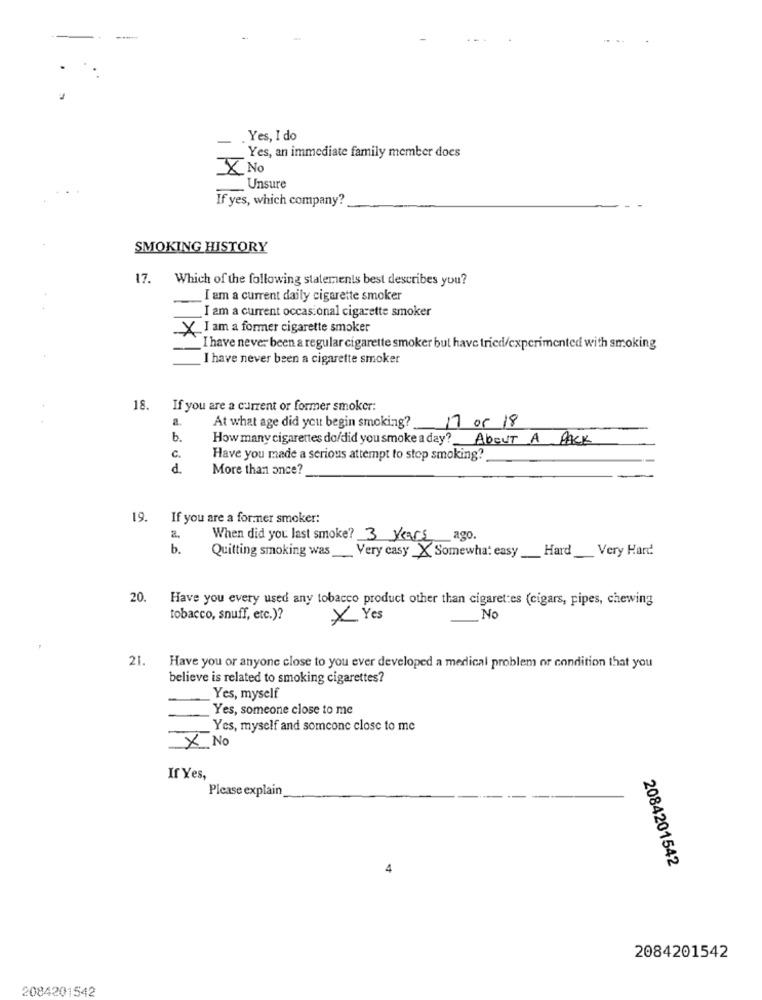
Yes, I do
Yes, an immediate family member does
X No
_ Unsure
If yes, which company?
SMOKING HISTORY
17. Which of the following statements best describes you?
I am a current daily cigarette smoker
I am a current occasional cigarette smoker
X I am a former cigarette smoker
I have never been a regular cigarette smoker but have tried/experimented with smoking
I have never been a cigarette smoker
18. If you are a current or former smoker:
At what age did you begin smoking?
17 05 18
b.
How many cigarettes do/did you smoke a day? About A PACK
C.
Have you made a serious attempt to stop smoking?
d.
More than once?
19.
If you are a for.ner smoker:
When did you last smoke? 3 years ago.
b.
Hard Very Hard
Quitting smoking was __ Very casy _X Somewhat easy
20.
Have you every used any tobacco product other than cigarettes (cigars, pipes, chewing
tobacco, snuff, etc.)?
* Yes
No
21.
Have you or anyone close to you ever developed a medical problem or condition that you
believe is related to smoking cigarettes?
Yes, myself
Yes, someone close to me
_Yes, myself and somconc close to me
X No
If Yes,
Please explain
2084201542
4
2084201542
2084201542